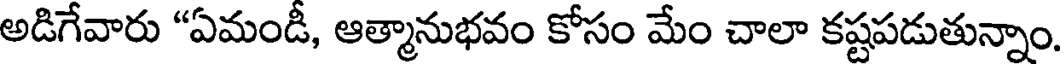
అడిగేవారు "ఏమండీ, ఆత్మానుభవం కోసం మేం చాలా కష్టపడుతున్నాం